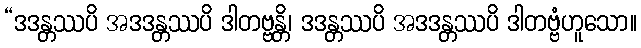
“ဒဒန္တဿပိ အဒဒန္တဿပိ ဒါတဗ္ဗန္တိ၊ ဒဒန္တဿပိ အဒဒန္တဿပိ ဒါတဗ္ဗံဟူသော။